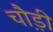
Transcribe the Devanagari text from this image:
चौ़ड़ी